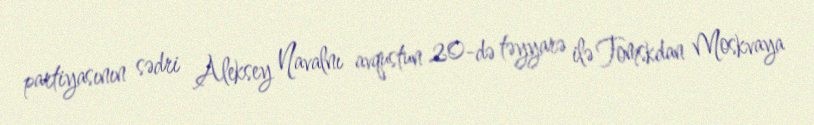
partiyasının sədri Aleksey Navalnı avqustun 20-də təyyarə ilə Tomskdan Moskvaya